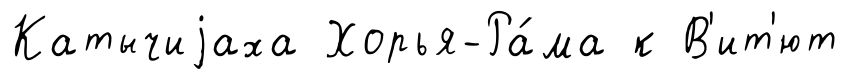
Катычиjаха Хорья-Ра́ма к В'ит'ют